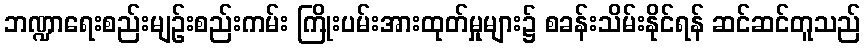
ဘဏ္ဍာရေးစည်းမျဉ်းစည်းကမ်း ကြိုးပမ်းအားထုတ်မှုများ၌ စခန်းသိမ်းနိုင်ရန် ဆင်ဆင်တူသည်